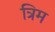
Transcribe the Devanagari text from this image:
त्रिम